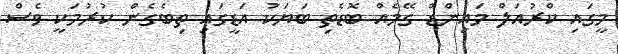
މީގައި ކްރުއަލް މައިންޑް ގޭމެއް ބޮޑެތި ބަޔަކު އަޑީގައި ތިބެގެން ކުރުމަކީ ވެސް